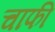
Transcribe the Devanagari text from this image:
चाफी